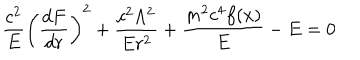
{ \frac { c ^ { 2 } } { E } } \biggl ( { \frac { d F } { d r } } \biggr ) ^ { 2 } + { \frac { c ^ { 2 } \Lambda ^ { 2 } } { E r ^ { 2 } } } + { \frac { m ^ { 2 } c ^ { 4 } f ( x ) } { E } } - E = 0